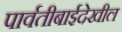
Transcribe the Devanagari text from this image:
पार्वतीबाईदेखील